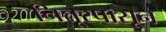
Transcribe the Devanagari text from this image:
नित्तूरपासून